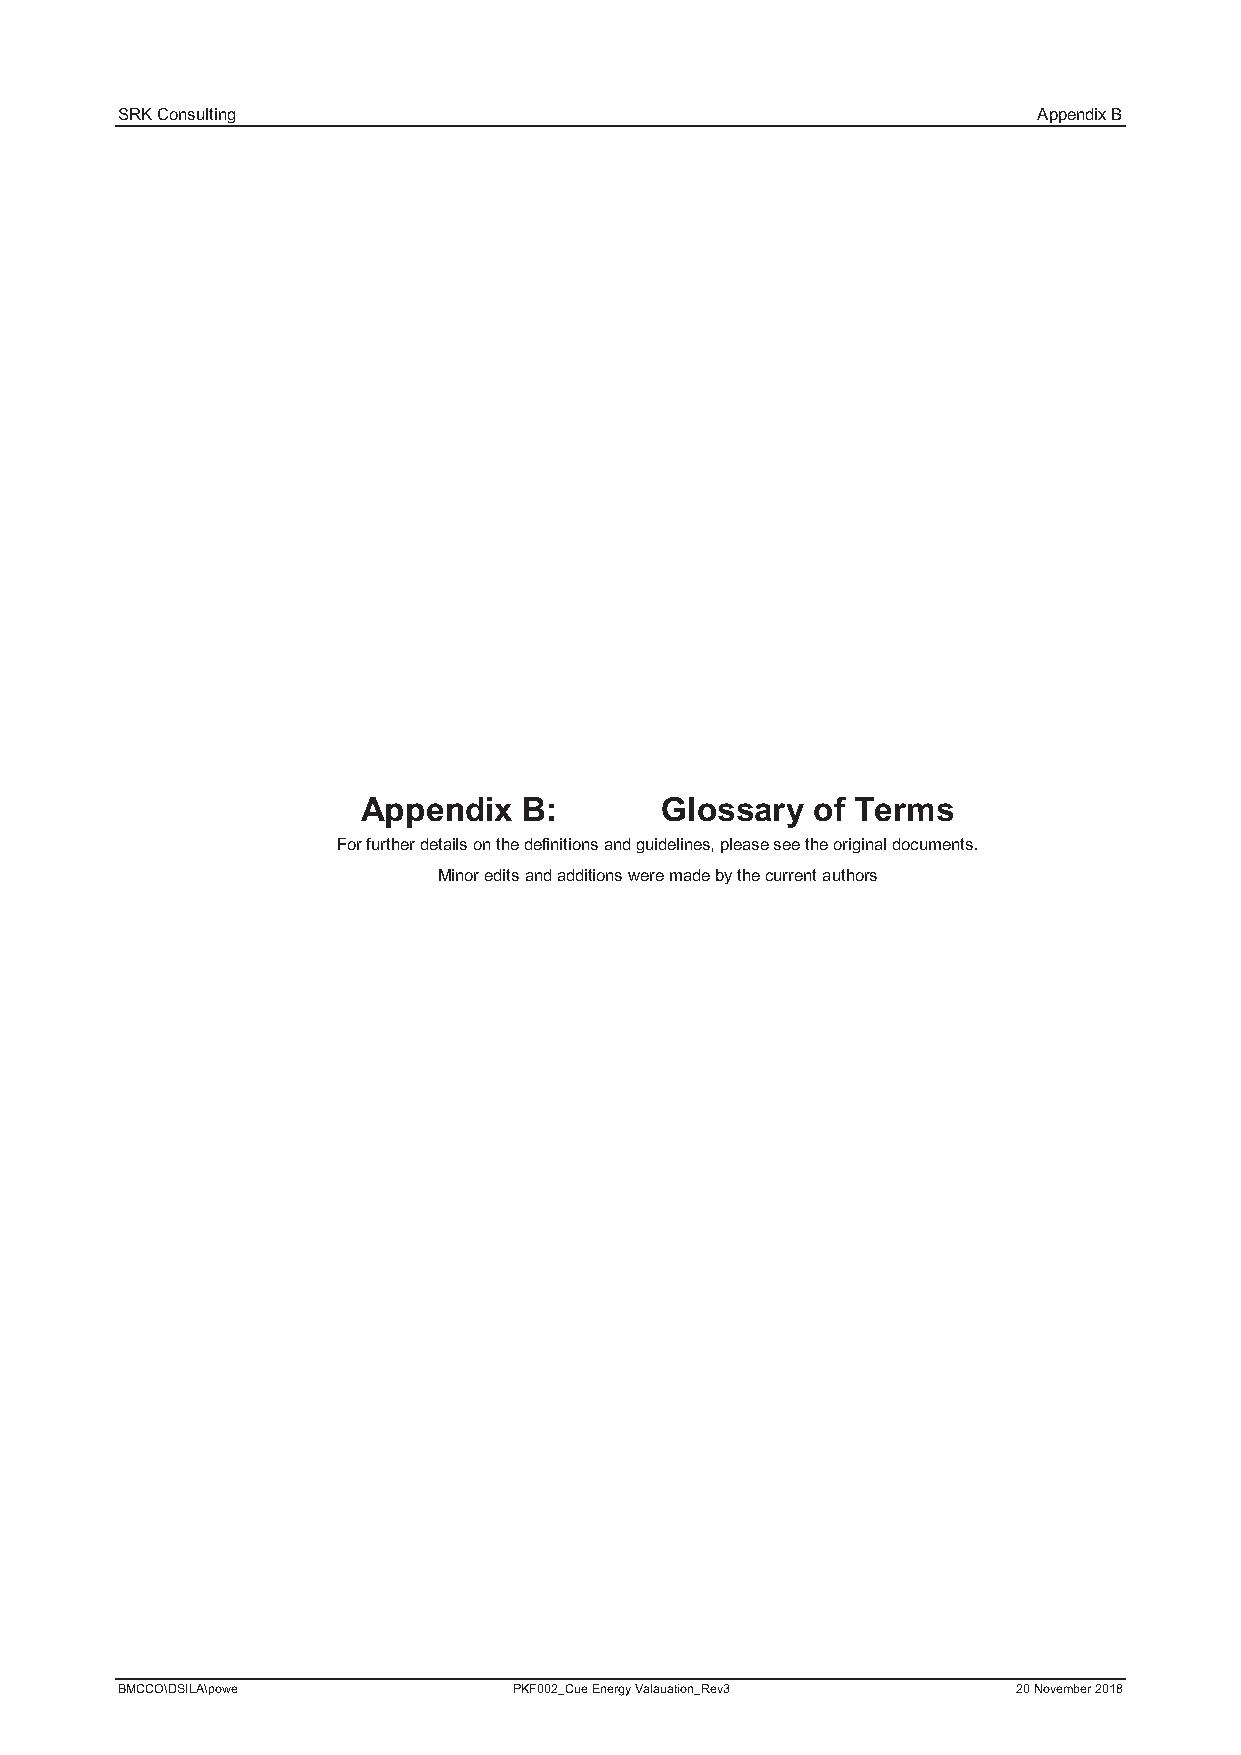
SRK Consulting                                               Appendix B
 Appendix   B:       Glossary  of Terms
 For further details on the definitions and guidelines, please see the original documents.
 Minor edits and additions were made by the current authors
 BMCCO\DSILA\powe          PKF002_Cue Energy Valauation_Rev3 20 November 2018